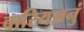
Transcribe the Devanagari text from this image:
वारियज्ञनुं